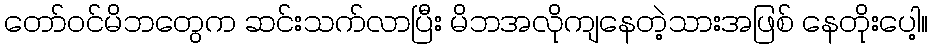
တော်ဝင်မိဘတွေက ဆင်းသက်လာပြီး မိဘအလိုကျနေတဲ့သားအဖြစ် နေတိုးပေါ့။